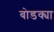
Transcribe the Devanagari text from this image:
बोडक्या